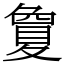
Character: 𡕷